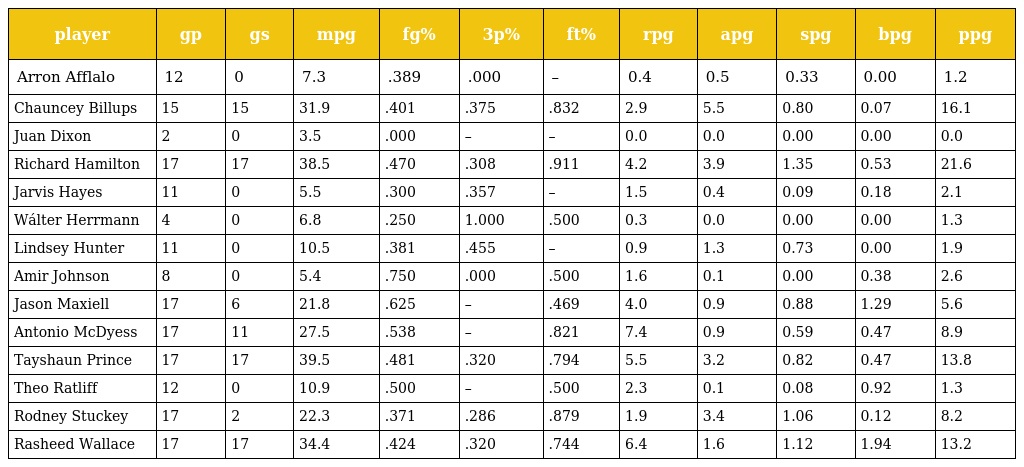
| player | gp | gs | mpg | fg% | 3p% | ft% | rpg | apg | spg | bpg | ppg |
 | --- | --- | --- | --- | --- | --- | --- | --- | --- | --- | --- | --- |
 | Arron Afflalo | 12 | 0 | 7.3 | .389 | .000 | – | 0.4 | 0.5 | 0.33 | 0.00 | 1.2 |
 | Chauncey Billups | 15 | 15 | 31.9 | .401 | .375 | .832 | 2.9 | 5.5 | 0.80 | 0.07 | 16.1 |
 | Juan Dixon | 2 | 0 | 3.5 | .000 | – | – | 0.0 | 0.0 | 0.00 | 0.00 | 0.0 |
 | Richard Hamilton | 17 | 17 | 38.5 | .470 | .308 | .911 | 4.2 | 3.9 | 1.35 | 0.53 | 21.6 |
 | Jarvis Hayes | 11 | 0 | 5.5 | .300 | .357 | – | 1.5 | 0.4 | 0.09 | 0.18 | 2.1 |
 | Wálter Herrmann | 4 | 0 | 6.8 | .250 | 1.000 | .500 | 0.3 | 0.0 | 0.00 | 0.00 | 1.3 |
 | Lindsey Hunter | 11 | 0 | 10.5 | .381 | .455 | – | 0.9 | 1.3 | 0.73 | 0.00 | 1.9 |
 | Amir Johnson | 8 | 0 | 5.4 | .750 | .000 | .500 | 1.6 | 0.1 | 0.00 | 0.38 | 2.6 |
 | Jason Maxiell | 17 | 6 | 21.8 | .625 | – | .469 | 4.0 | 0.9 | 0.88 | 1.29 | 5.6 |
 | Antonio McDyess | 17 | 11 | 27.5 | .538 | – | .821 | 7.4 | 0.9 | 0.59 | 0.47 | 8.9 |
 | Tayshaun Prince | 17 | 17 | 39.5 | .481 | .320 | .794 | 5.5 | 3.2 | 0.82 | 0.47 | 13.8 |
 | Theo Ratliff | 12 | 0 | 10.9 | .500 | – | .500 | 2.3 | 0.1 | 0.08 | 0.92 | 1.3 |
 | Rodney Stuckey | 17 | 2 | 22.3 | .371 | .286 | .879 | 1.9 | 3.4 | 1.06 | 0.12 | 8.2 |
 | Rasheed Wallace | 17 | 17 | 34.4 | .424 | .320 | .744 | 6.4 | 1.6 | 1.12 | 1.94 | 13.2 |